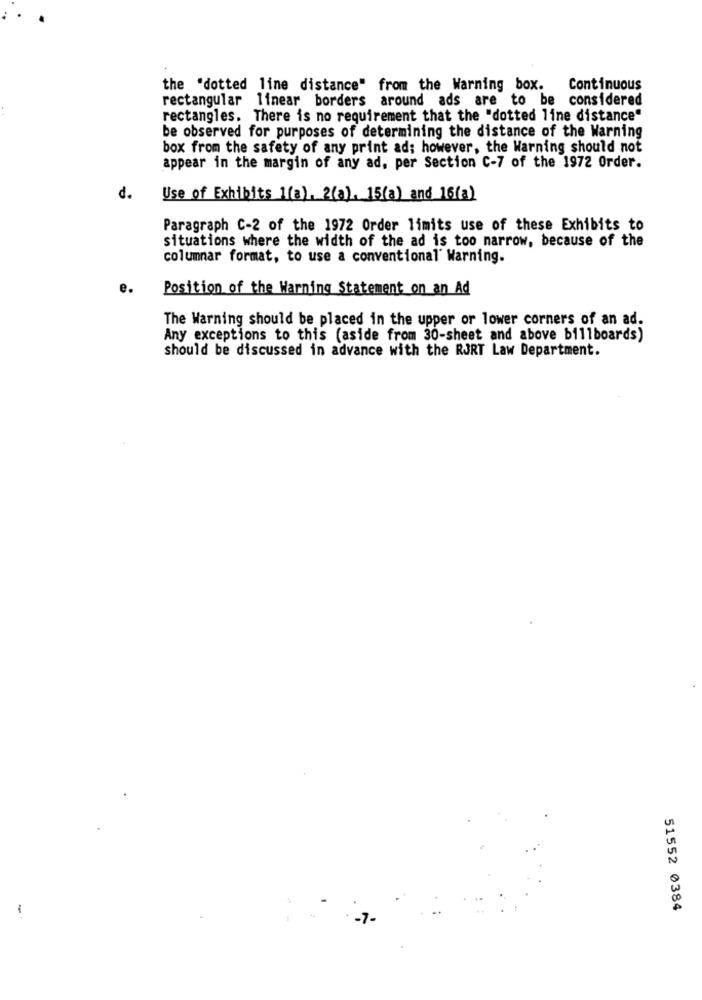
the "dotted line distance" from the Warning box. Continuous
rectangular linear borders around ads are to be considered
rectangles. There is no requirement that the "dotted line distance"
be observed for purposes of determining the distance of the Warning
box from the safety of any print ad; however, the Warning should not
appear in the margin of any ad, per Section C-7 of the 1972 Order.
d.
Use of Exhibits 1(a), 2(a). 15(a) and 16(a)
Paragraph C-2 of the 1972 Order limits use of these Exhibits to
situations where the width of the ad is too narrow, because of the
columnar format, to use a conventional' Warning.
e.
Position of the Warning Statement on an Ad
The Warning should be placed in the upper or lower corners of an ad.
Any exceptions to this (aside from 30-sheet and above billboards)
should be discussed in advance with the RJRT Law Department.
-
51552 0384